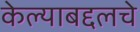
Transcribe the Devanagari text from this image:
केल्याबद्दलचे